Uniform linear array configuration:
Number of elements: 8
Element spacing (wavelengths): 0.25
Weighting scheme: cosine
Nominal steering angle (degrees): -60
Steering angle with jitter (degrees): -60.518
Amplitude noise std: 0.05
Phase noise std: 0.05

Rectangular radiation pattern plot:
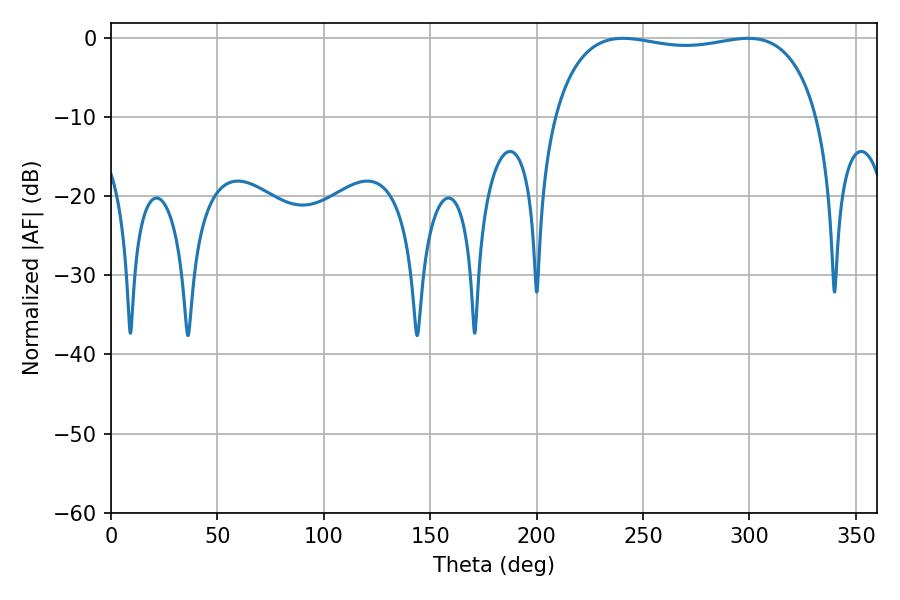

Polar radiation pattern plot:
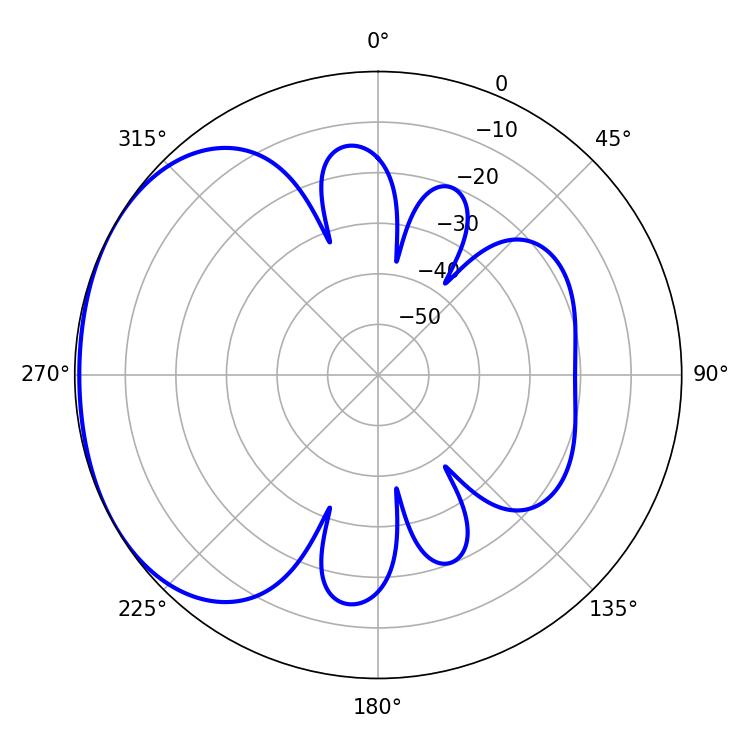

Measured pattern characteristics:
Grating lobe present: FALSE
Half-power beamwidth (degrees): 100.44
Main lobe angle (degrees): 240.48